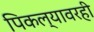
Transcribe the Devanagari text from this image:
पिकल्यावरही